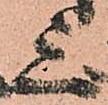
上